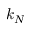
k _ { N }